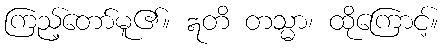
ကြည့်တော်မူ၏။ ဣတိ တသ္မာ၊ ထိုကြောင့်။